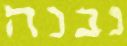
נבנה